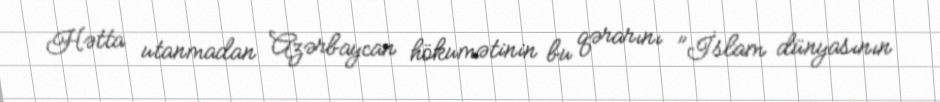
Hətta utanmadan Azərbaycan hökumətinin bu qərarını "İslam dünyasının